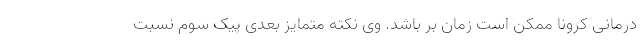
درمانی کرونا ممکن است زمان بر باشد. وی نکته متمایز بعدی پیک سوم نسبت